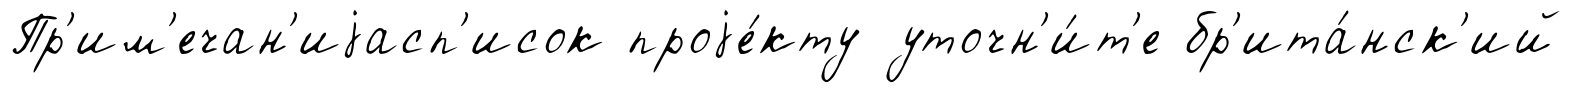
Пр'им'ечан'иjасп'исок проjе́кту уточн'и́т'е бр'ита́нск'ий